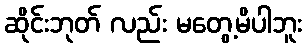
ဆိုင်းဘုတ် လည်း မတွေ့မိပါဘူး